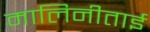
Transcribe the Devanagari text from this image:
मालिनीताई